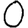
Digit: 0